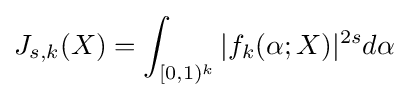
J_{s,k}(X)=\int _{[0,1)^{k}}|f_{k}(\mathbf {\alpha } ;X)|^{2s}d\mathbf {\alpha }